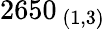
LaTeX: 2650_{\ (1,3)}